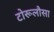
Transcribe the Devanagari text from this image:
टोरूलौसा